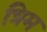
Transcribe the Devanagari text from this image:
त्रिम